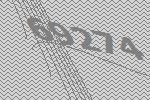
69274